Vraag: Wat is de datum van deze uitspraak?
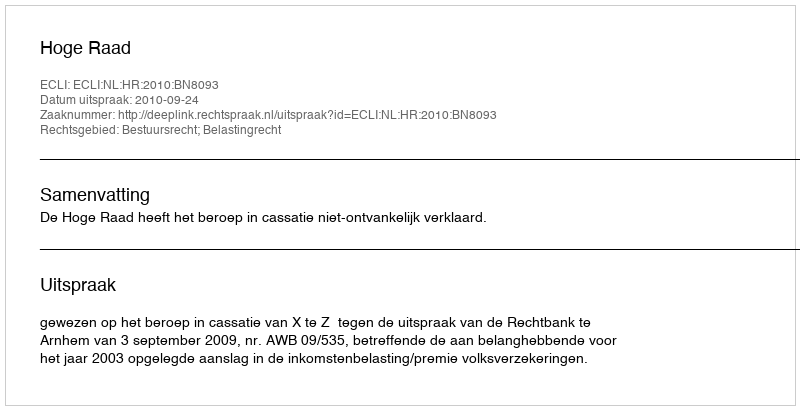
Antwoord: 2010-09-24